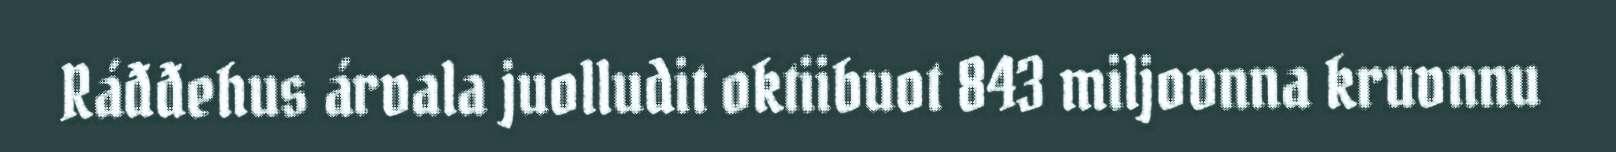
Ráđđehus árvala juolludit oktiibuot 843 miljovnna kruvnnu